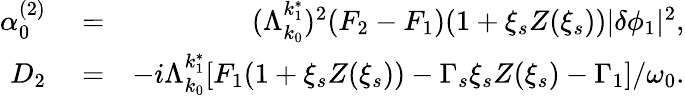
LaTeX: \begin{array}{rlr}{\alpha_{0}^{(2)}}&{{}=}&{(\Lambda_{k_{0}}^{k_{1}^{*}})^{2}(F_{2}-F_{1})(1+\xi_{s}Z(\xi_{s}))\lvert\delta\phi_{1}\rvert^{2},}\\ {D_{2}}&{{}=}&{-i\Lambda_{k_{0}}^{k_{1}^{*}}[F_{1}(1+\xi_{s}Z(\xi_{s}))-\Gamma_{s}\xi_{s}Z(\xi_{s})-\Gamma_{1}]/\omega_{0}.}\end{array}